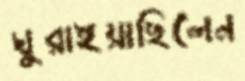
ঘুরাইয়াছিলেন